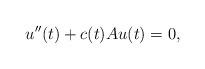
LaTeX: \begin{align*}u''(t)+c(t)Au(t)=0,\end{align*}